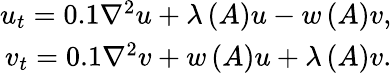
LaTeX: \begin{array}{r}{u_{t}=0.1\nabla^{2}u+\lambda\left(A\right)u-w\left(A\right)v,}\\ {v_{t}=0.1\nabla^{2}v+w\left(A\right)u+\lambda\left(A\right)v.}\end{array}